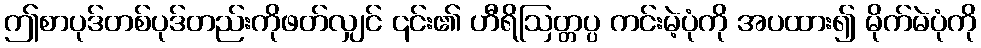
ဤစာပုဒ်တစ်ပုဒ်တည်းကိုဖတ်လျှင် ၎င်း၏ ဟီရိဩတ္တပ္ပ ကင်းမဲ့ပုံကို အပထား၍ မိုက်မဲပုံကို